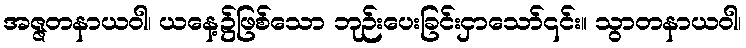
အဇ္ဇတနာယဝါ၊ ယနေ့၌ဖြစ်သော ဘုဉ်းပေးခြင်းငှာသော်၎င်း။ သွာတနာယဝါ၊